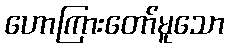
ဟောကြားတော်မူသော